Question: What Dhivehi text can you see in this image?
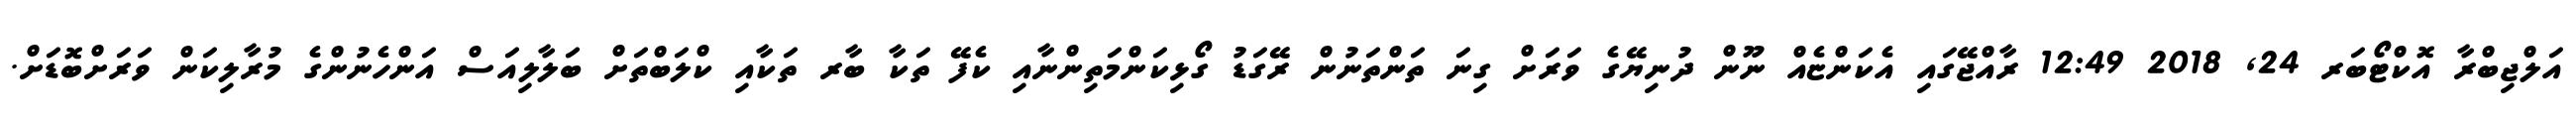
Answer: އަލްޖިބްރާ އޮކްޓޯބަރ 24, 2018 12:49 ރާއްޖޭގައި އެކަންޏެއް ނޫން ދުނިޔޭގެ ވަރަށް ގިނަ ތަންތަނުން ރޭގަޑު ގޯޅިކަންމަތިންނާއި ކެފޭ ތަކާ ބާރ ތަކާއި ކްލަބްތަށް ބަލާލިއަސް އަންހެނުންގެ މުރާލިކަން ވަރަށްބޮޑަށް.